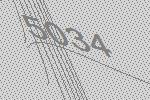
5034